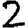
Digit: 2